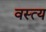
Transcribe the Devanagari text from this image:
वस्त्य